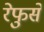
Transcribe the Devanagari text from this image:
रेफुसे